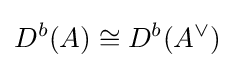
D^{b}(A)\cong D^{b}(A^{\vee })